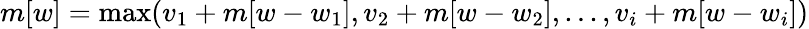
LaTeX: m[w]=\operatorname*{max}(v_{1}+m[w-w_{1}],v_{2}+m[w-w_{2}],...,v_{i}+m[w-w_{i}])